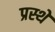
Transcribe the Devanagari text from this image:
प्रस्थे